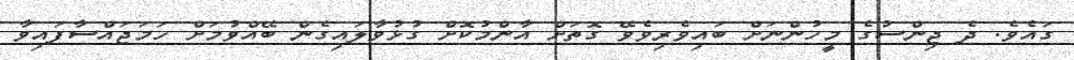
ގައެވެ. ދެ ޖިންސުގެ މީހުންނަށް ބައިވެރިވެވޭ ގޮތަށް އާންމުކޮށް ގުޅުވާލައިގެން ބޭއްވުމަށް ހަމަޖައްސާފައިވާ